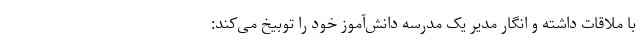
با ملاقات داشته و انگار مدیر یک مدرسه دانش‌آموز خود را توبیخ می‌کند: